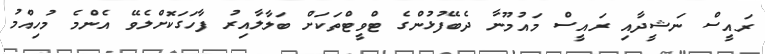
ރައީސް ނަޝީދާއި ރައީސް މައުމޫނާ ދެބޭފުޅުންގެ ޓްވީޓްތަކަށް ބަލާލާއިރު ފާހަގަކޮށްލެވޭ އެންމެ މުހިއްމު